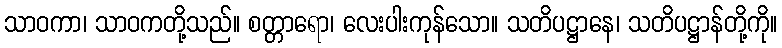
သာဝကာ၊ သာဝကတို့သည်။ စတ္တာရော၊ လေးပါးကုန်သော။ သတိပဋ္ဌာနေ၊ သတိပဋ္ဌာန်တို့ကို။